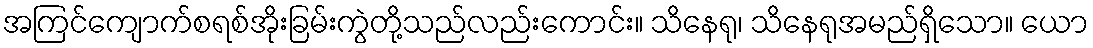
အကြင်ကျောက်စရစ်အိုးခြမ်းကွဲတို့သည်လည်းကောင်း။ သိနေရု၊ သိနေရုအမည်ရှိသော။ ယော